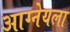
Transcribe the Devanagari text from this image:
आग्नेयला